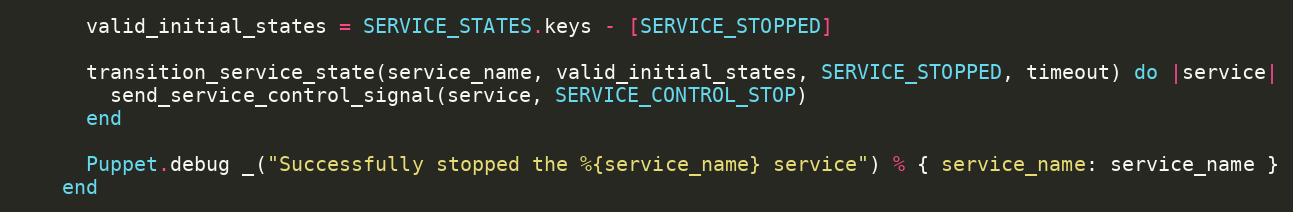
Language: Ruby
      valid_initial_states = SERVICE_STATES.keys - [SERVICE_STOPPED]

      transition_service_state(service_name, valid_initial_states, SERVICE_STOPPED, timeout) do |service|
        send_service_control_signal(service, SERVICE_CONTROL_STOP)
      end

      Puppet.debug _("Successfully stopped the %{service_name} service") % { service_name: service_name }
    end